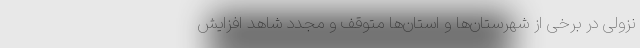
نزولی در برخی از شهرستان­‌ها و استان­‌ها متوقف و مجدد شاهد افزایش